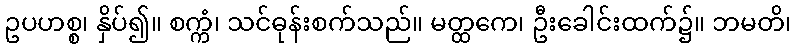
ဥပဟစ္စ၊ နှိပ်၍။ စက္ကံ၊ သင်ဓုန်းစက်သည်။ မတ္ထကေ၊ ဦးခေါင်းထက်၌။ ဘမတိ၊